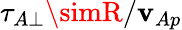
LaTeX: \tau_{A\perp}\simR/\mathbf{v}_{Ap}